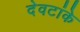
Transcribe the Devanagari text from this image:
देवटांके